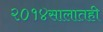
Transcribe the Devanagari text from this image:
२०१४सालातही